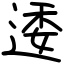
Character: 逶